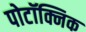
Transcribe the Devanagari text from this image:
पोटॉक्निक